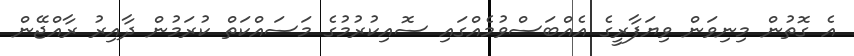
އެ ގޮތުން މިނިވަން ވިޔަފާރީގެ އެއްބަސްވުމެއްގައި ސޮއިކުރުމުގެ މަސައްކަތް ކުރަމުން ދާއިރު ރާއްޖޭން